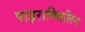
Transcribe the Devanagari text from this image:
पाइराक्सिलिन